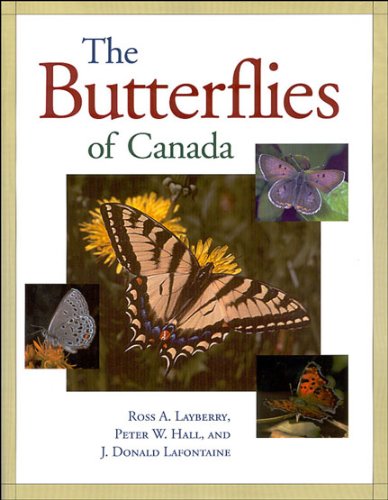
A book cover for The Butterflies of Canada; Ross Layberry; Sports & Outdoors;